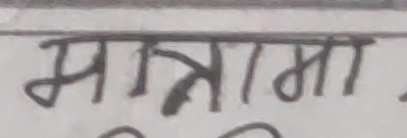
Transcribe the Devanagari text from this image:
मात्रामा